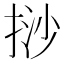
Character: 挱